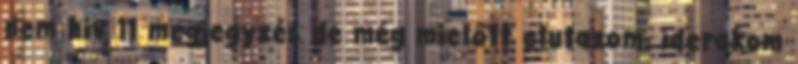
nem hiv 11 megjegyzés de még mielőtt elutazom, iderakom